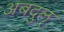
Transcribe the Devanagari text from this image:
अबदुल्